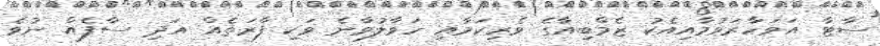
ސާޓާ އަވަހާރަވުމާއިއެކު ޒެމްބިއާގެ ވެރިކަމާއި ހަވާލުވާނެ ވަކި ފާރަތެއް އަދި ސާފެއް ނުވެ